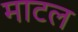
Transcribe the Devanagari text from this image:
माटल